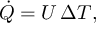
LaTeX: { \big . } { \dot { Q } } = U \, \Delta T , \quad